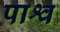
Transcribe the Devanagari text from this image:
पाश्व